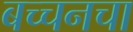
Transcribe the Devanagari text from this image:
बच्चनचा